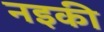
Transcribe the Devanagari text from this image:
नइकी